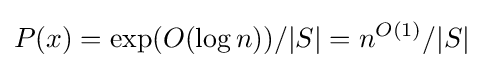
P(x)=\exp(O(\log n))/|S|=n^{O(1)}/|S|